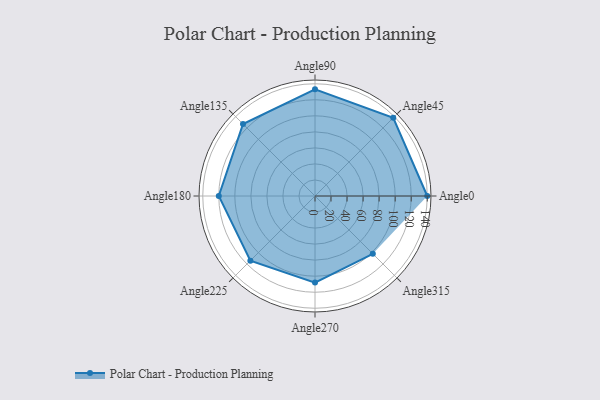
{"axis": {"x": "Angle", "y": "Radius"}, "legend": [""], "data": [{"x": "Angle0", "y": 140.0, "type": ""}, {"x": "Angle45", "y": 138.0, "type": ""}, {"x": "Angle90", "y": 133.0, "type": ""}, {"x": "Angle135", "y": 127.0, "type": ""}, {"x": "Angle180", "y": 120.0, "type": ""}, {"x": "Angle225", "y": 114.0, "type": ""}, {"x": "Angle270", "y": 108.0, "type": ""}, {"x": "Angle315", "y": 102.0, "type": ""}]}